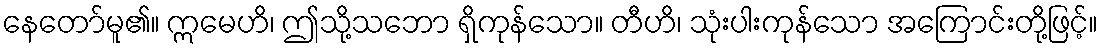
နေတော်မူ၏။ ဣမေဟိ၊ ဤသို့သဘော ရှိကုန်သော။ တီဟိ၊ သုံးပါးကုန်သော အကြောင်းတို့ဖြင့်။